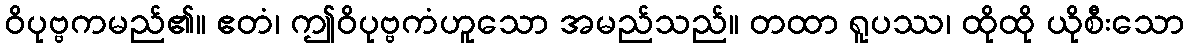
ဝိပုဗ္ဗကမည်၏။ ဧတံ၊ ဤဝိပုဗ္ဗကံဟူသော အမည်သည်။ တထာ ရူပဿ၊ ထိုထို ယိုစီးသော